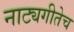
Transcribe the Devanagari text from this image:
नाट्यगीतेच